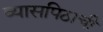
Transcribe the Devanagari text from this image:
व्यासपिठाची